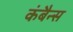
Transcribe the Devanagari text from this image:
कंबैन्स